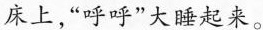
床上“呼呼”大睡起来